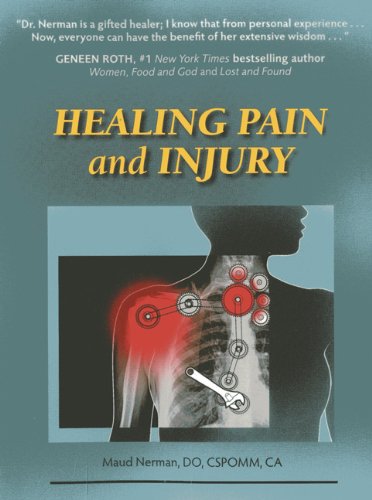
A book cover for Healing Pain and Injury; Maud Nerman; Health, Fitness & Dieting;